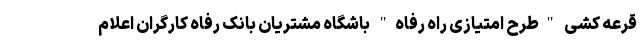
قرعه کشی "طرح امتیازی راه رفاه" باشگاه مشتریان بانک رفاه کارگران اعلام